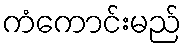
ကံကောင်းမည်